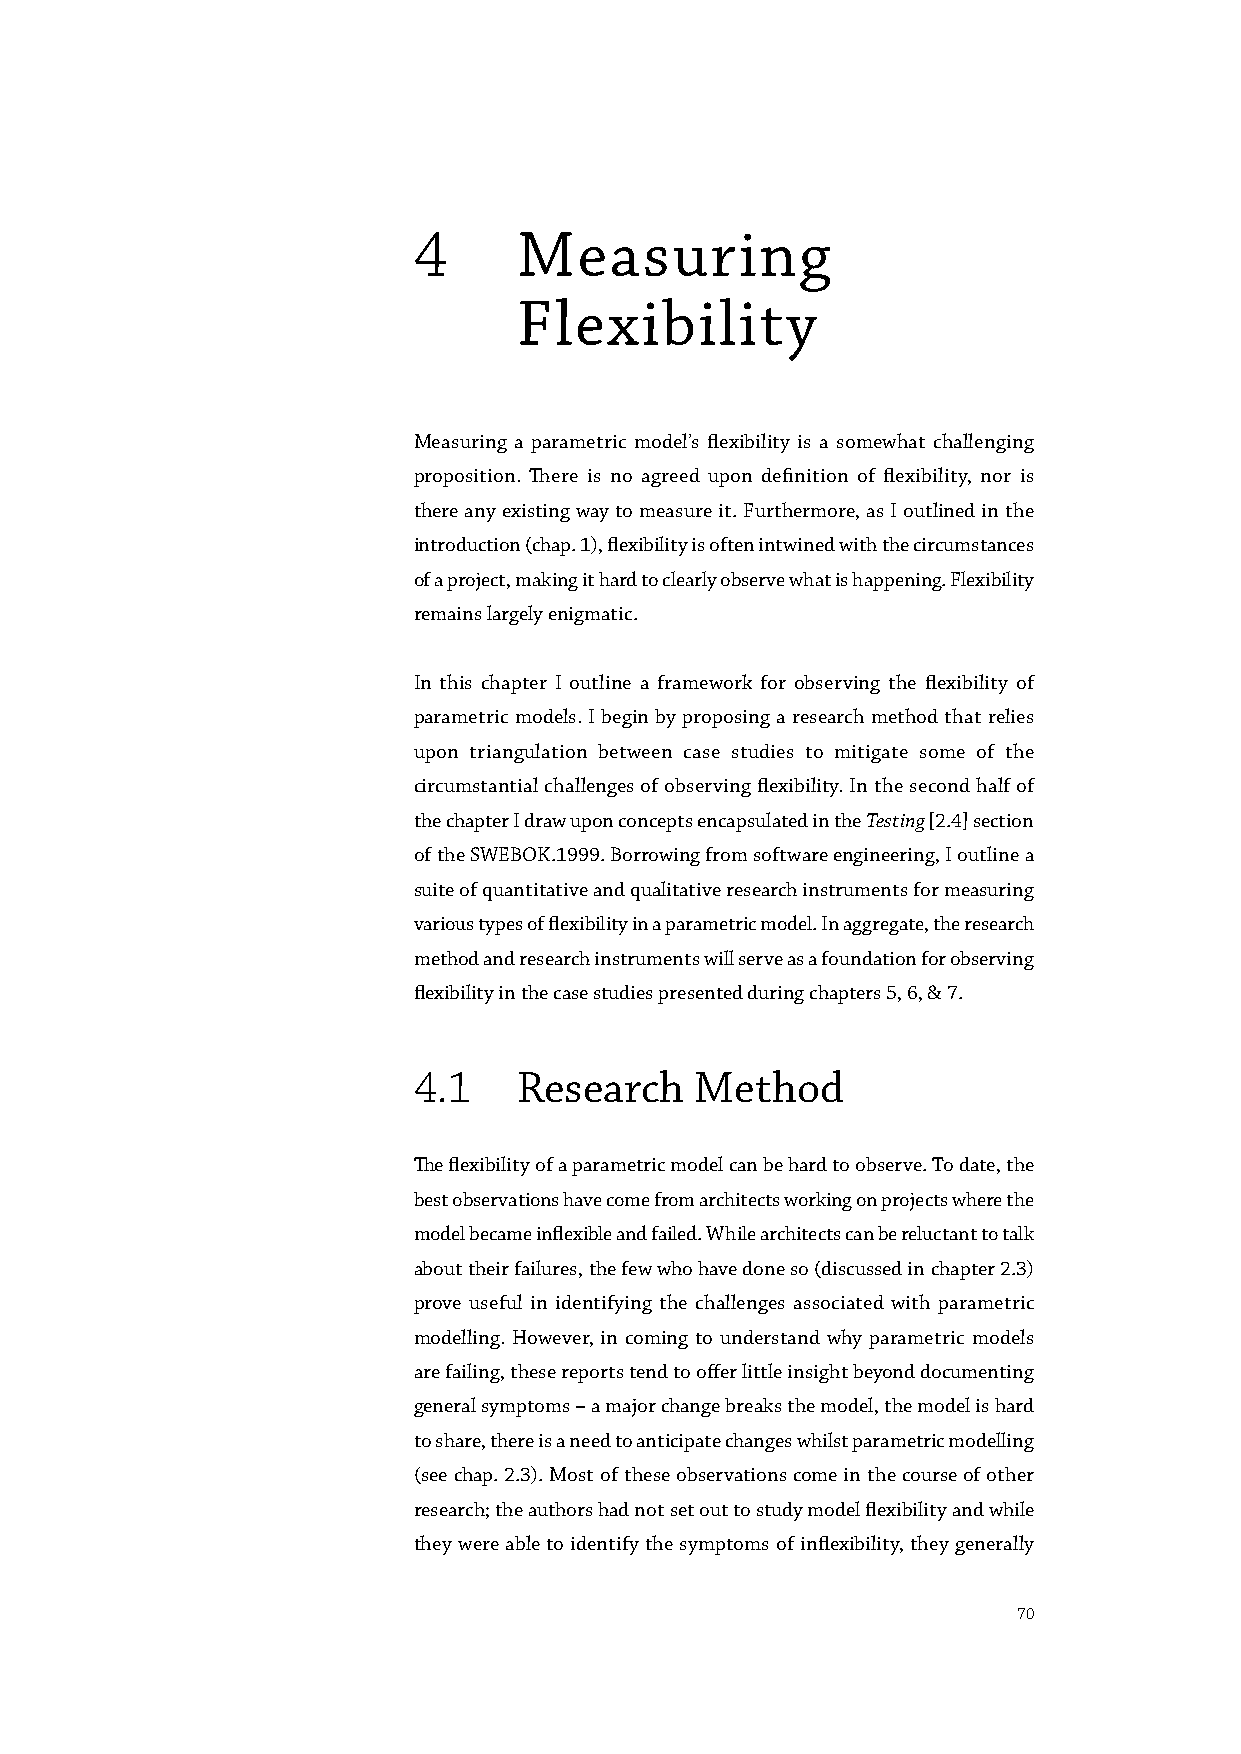
4      Measuring
 Flexibility
 Measuring a parametric model’s flexibility is a somewhat challenging
 proposition. There is no agreed upon definition of flexibility, nor is
 there any existing way to measure it. Furthermore, as I outlined in the
 introduction (chap. 1), flexibility is often intwined with the circumstances
 of a project, making it hard to clearly observe what is happening. Flexibility
 remains largely enigmatic.
 In this chapter I outline a framework for observing the flexibility of
 parametric models. I begin by proposing a research method that relies
 upon triangulation between case studies to mitigate some of the
 circumstantial challenges of observing flexibility. In the second half of
 the chapter I draw upon concepts encapsulated in the Testing [2.4] section
 of the SWEBOK.1999. Borrowing from software engineering, I outline a
 suite of quantitative and qualitative research instruments for measuring
 various types of flexibility in a parametric model. In aggregate, the research
 method and research instruments will serve as a foundation for observing
 flexibility in the case studies presented during chapters 5, 6, & 7.
 4.1    Research    Method
 The flexibility of a parametric model can be hard to observe. To date, the
 best observations have come from architects working on projects where the
 model became inflexible and failed. While architects can be reluctant to talk
 about their failures, the few who have done so (discussed in chapter 2.3)
 prove useful in identifying the challenges associated with parametric
 modelling. However, in coming to understand why parametric models
 are failing, these reports tend to offer little insight beyond documenting
 general symptoms – a major change breaks the model, the model is hard
 to share, there is a need to anticipate changes whilst parametric modelling
 (see chap. 2.3). Most of these observations come in the course of other
 research; the authors had not set out to study model flexibility and while
 they were able to identify the symptoms of inflexibility, they generally
 70